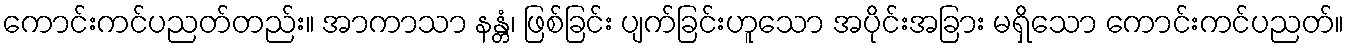
ကောင်းကင်ပညတ်တည်း။ အာကာသာ နန္တံ၊ ဖြစ်ခြင်း ပျက်ခြင်းဟူသော အပိုင်းအခြား မရှိသော ကောင်းကင်ပညတ်။